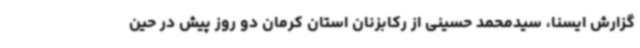
گزارش ایسنا، سیدمحمد حسینی از رکابزنان استان کرمان دو روز پیش در حین